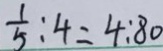
\frac { 1 } { 5 } : 4 = 4 : 8 0